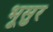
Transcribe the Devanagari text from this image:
भूसुर